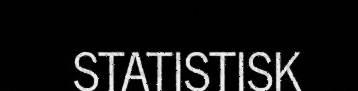
STATISTISK